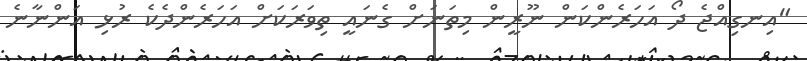
"އިނގިއްޖެ ދޯ އަހަރެންކަން ނޫރީން މިތަނަށް ގެނައީ ތިވަރަކަށް އަހަރެންދެކެ ރުޅި އަންނާނެ